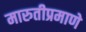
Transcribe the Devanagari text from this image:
मारुतीप्रमाणे